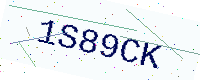
Text: 1S89CK